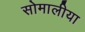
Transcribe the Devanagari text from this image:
सोमालीया